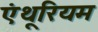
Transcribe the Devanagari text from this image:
एंथूरियम